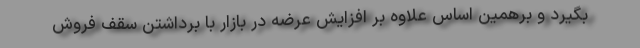
بگیرد و برهمین اساس علاوه بر افزایش عرضه در بازار با برداشتن سقف فروش